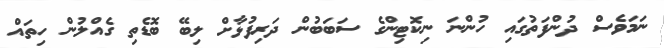
ނަމަވެސް ދުންފަތުގައި ހުންނަ ނިކޮޓިންގެ ސަބަބުން ދަރިފުޅާށް ލިބޭ ބޮޑެތި ގެއްލުން ހިތައް